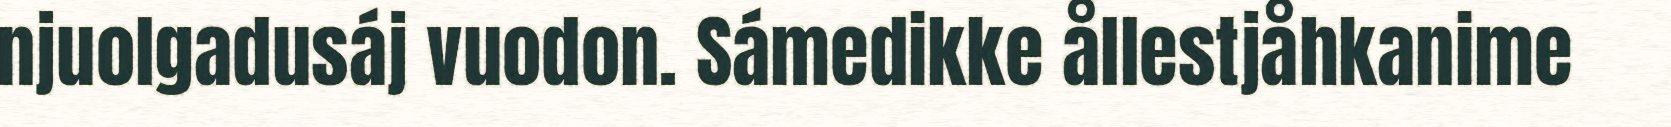
njuolgadusáj vuodon. Sámedikke ållestjåhkanime